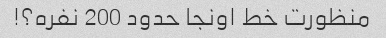
منظورت خط اونجا حدود 200 نفره؟!